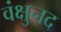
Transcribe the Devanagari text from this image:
वंक्षुनद